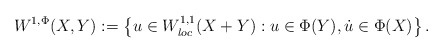
\begin{align*}W^{1,\Phi}(X,Y):= \left\{u\in W^{1,1}_{loc} (X+Y) : u\in \Phi(Y), \dot u\in \Phi(X) \right\} .\end{align*}